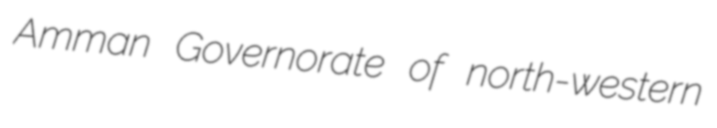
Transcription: Amman Governorate of north-western